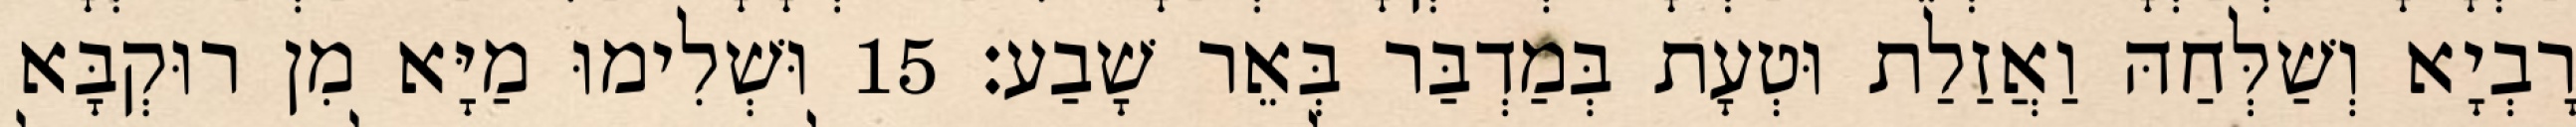
רָבְיָא וְשַׁלְּחַהּ וַאֲזַלַת וּטְעָת בְּמַדְבַּר בְּאֵר שָׁבַע׃ 15 וּשְׁלִימוּ מַיָּא מִן רוּקְבָּא